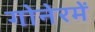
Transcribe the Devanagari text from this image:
गोनेरमें